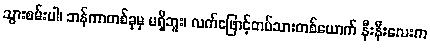
သွားစမ်းပါ၊ ဘန်ကာတစ်ခုမှ မရှိဘူး၊ လက်ဖြောင့်တပ်သားတစ်ယောက် နီးနီးလေးက